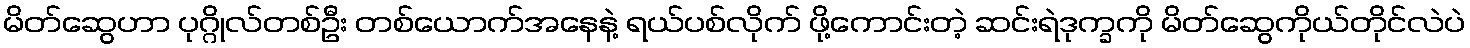
မိတ်ဆွေဟာ ပုဂ္ဂိုလ်တစ်ဦး တစ်ယောက်အနေနဲ့ ရယ်ပစ်လိုက် ဖို့ကောင်းတဲ့ ဆင်းရဲဒုက္ခကို မိတ်ဆွေကိုယ်တိုင်လဲပဲ